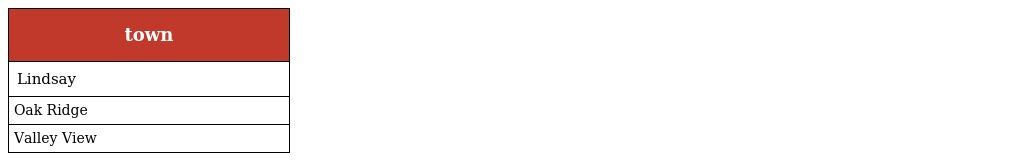
| town |
 | --- |
 | Lindsay |
 | Oak Ridge |
 | Valley View |